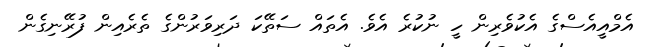
އެމްއީއެސްގެ އެކުވެރިން ހީ ނުކުރެ އެވެ. އެތައް ސަތޭކަ ދަރިވަރުންގެ ތެރެއިން ފުރޭނިގެން